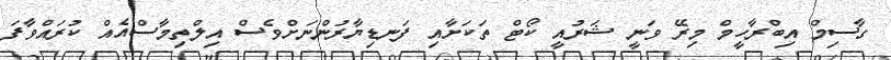
ގާސިމް އިބްރާހީމް މިރޭ ވަނީ ޝަރުއީ ކޯޓް ތަކަށާއި ފަނޑިޔާރުންނަށްވެސް އިލްތިމާސްއެއް ކުރައްވާފަ